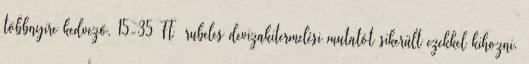
többnyire kedvező, 15-35 Ft rubeles devizakitermelési mutatót sikerült ezekkel kihozni.